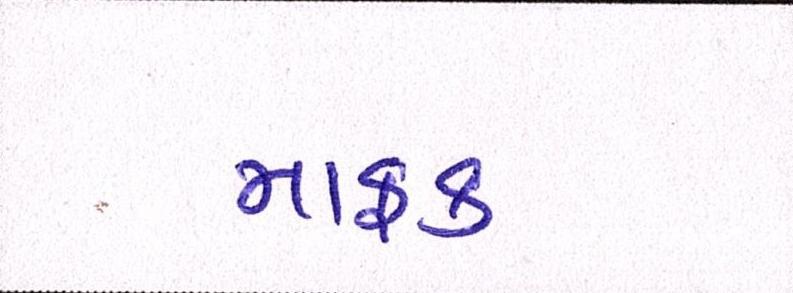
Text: માફક